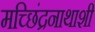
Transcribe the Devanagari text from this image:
मच्छिंद्रनाथाशी